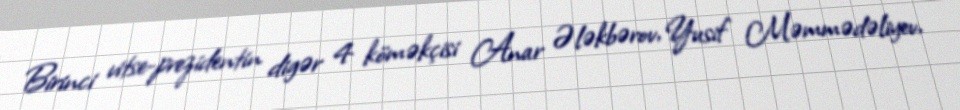
Birinci vitse-prezidentin digər 4 köməkçisi Anar Ələkbərov, Yusif Məmmədəliyev,